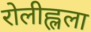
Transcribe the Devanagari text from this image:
रोलीह्लला